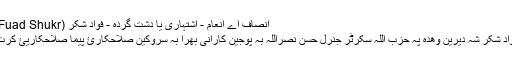
انصاف اے انعام - اشتہاری یا دشت گردہ - فواد شکر (Fuad Shukr)
فواد شکر شہ دیرین وھدہ پہ حزب اللہ سکرٹر جنرل حسن نصراللہ بہ پوجین کارانی بھرا بہ سروکین صلاحکارئ پیما صلاحکاریئ کرت۔